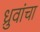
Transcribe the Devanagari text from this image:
ध्रुवांचा